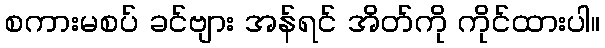
စကားမစပ် ခင်ဗျား အန်ရင် အိတ်ကို ကိုင်ထားပါ။